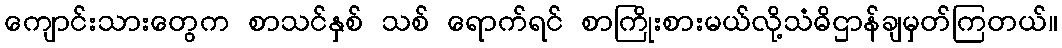
ကျောင်းသားတွေက စာသင်နှစ် သစ် ရောက်ရင် စာကြိုးစားမယ်လို့သံဓိဌာန်ချမှတ်ကြတယ်။